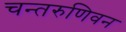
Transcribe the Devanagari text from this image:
चन्तरुणिवन